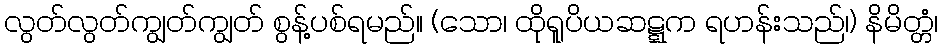
လွတ်လွတ်ကျွတ်ကျွတ် စွန့်ပစ်ရမည်။ (သော၊ ထိုရူပိယဆဋ္ဋက ရဟန်းသည်၊) နိမိတ္တံ၊